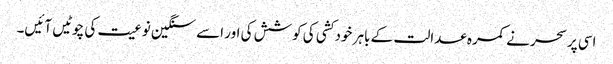
اسی پر سحر نے کمرہ عدالت کے باہر خود کشی کی کوشش کی اور اسے سنگین نوعیت کی چوٹیں آئیں۔